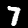
Digit: 7